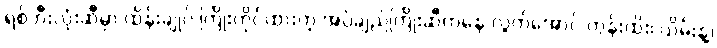
ရစ်ဘီးလုံးဆီမှာ ထိန်းချုပ် ကြိုးကိုင်ထားတဲ့ အပ်ချည်ကြိုးဆီကနေ လွတ်အောင် တွန်းထိုး၊ ယိမ်းနွဲ့၊